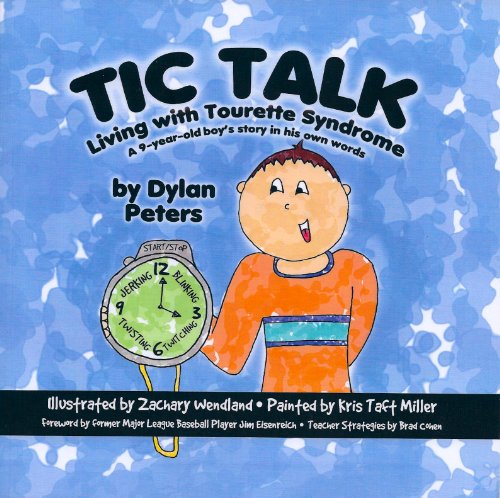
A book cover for Tic Talk: Living with Tourette Syndrome: A 9-Year Old Boy's Story in His Own Words; Dylan Peters; Health, Fitness & Dieting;